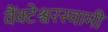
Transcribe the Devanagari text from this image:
वैंक्टेश्वरस्वामी